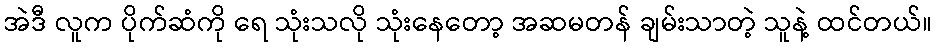
အဲဒီ လူက ပိုက်ဆံကို ရေ သုံးသလို သုံးနေတော့ အဆမတန် ချမ်းသာတဲ့ သူနဲ့ ထင်တယ်။